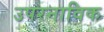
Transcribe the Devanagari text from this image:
उपरनाविक